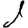
Digit: 1